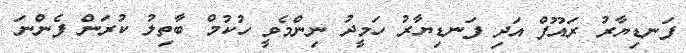
ފަނޑިޔާރު ރައޫފް އަދި ފަނޑިޔާރު ހަމީދު ނިންމެވީ ހުކުމް ބާތިލު ކުރަން ފެންނަ